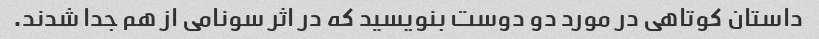
داستان کوتاهی در مورد دو دوست بنویسید که در اثر سونامی از هم جدا شدند.